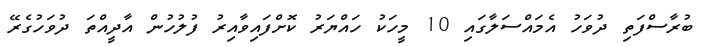
ބުރާސްފަތި ދުވަހު އެމައްސަލާގައި 10 މީހަކު ހައްޔަރު ކޮށްފައިވާއިރު ފުލުހުން އާދީއްތަ ދުވަހުގެރޭ